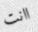
اانت